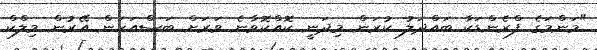
"މަންމަގެ ފްރެންޑަކާ ބައްދަލު ކުރަން މިދަނީ ކޮއްކޮވާނެ ވަރަށް ބަސްއަހަން އޭރުން މިލްކް